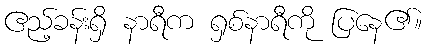
ဧည့်ခန်းရှိ နာရီက ရှစ်နာရီကို ပြနေ၏။